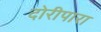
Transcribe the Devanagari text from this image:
दोरीपारा